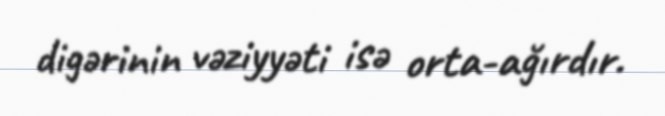
digərinin vəziyyəti isə orta-ağırdır.